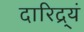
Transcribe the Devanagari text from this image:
दारिद्र्यं